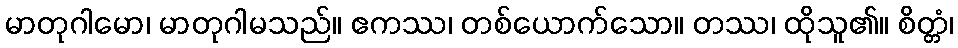
မာတုဂါမော၊ မာတုဂါမသည်။ ဧကဿ၊ တစ်ယောက်သော။ တဿ၊ ထိုသူ၏။ စိတ္တံ၊